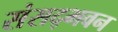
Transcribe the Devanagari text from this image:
संसद्भवन